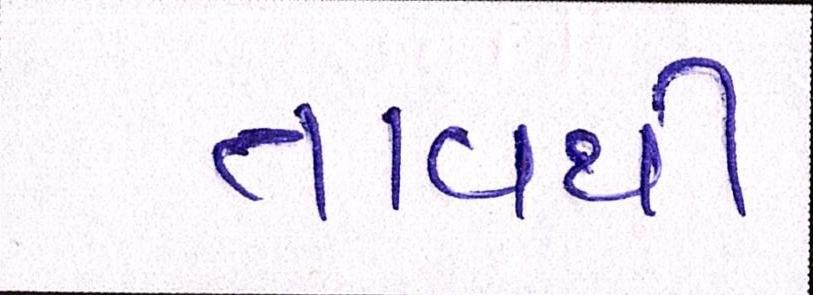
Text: તાવથી